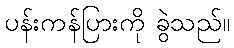
ပန်းကန်ပြားကို ခွဲသည်။